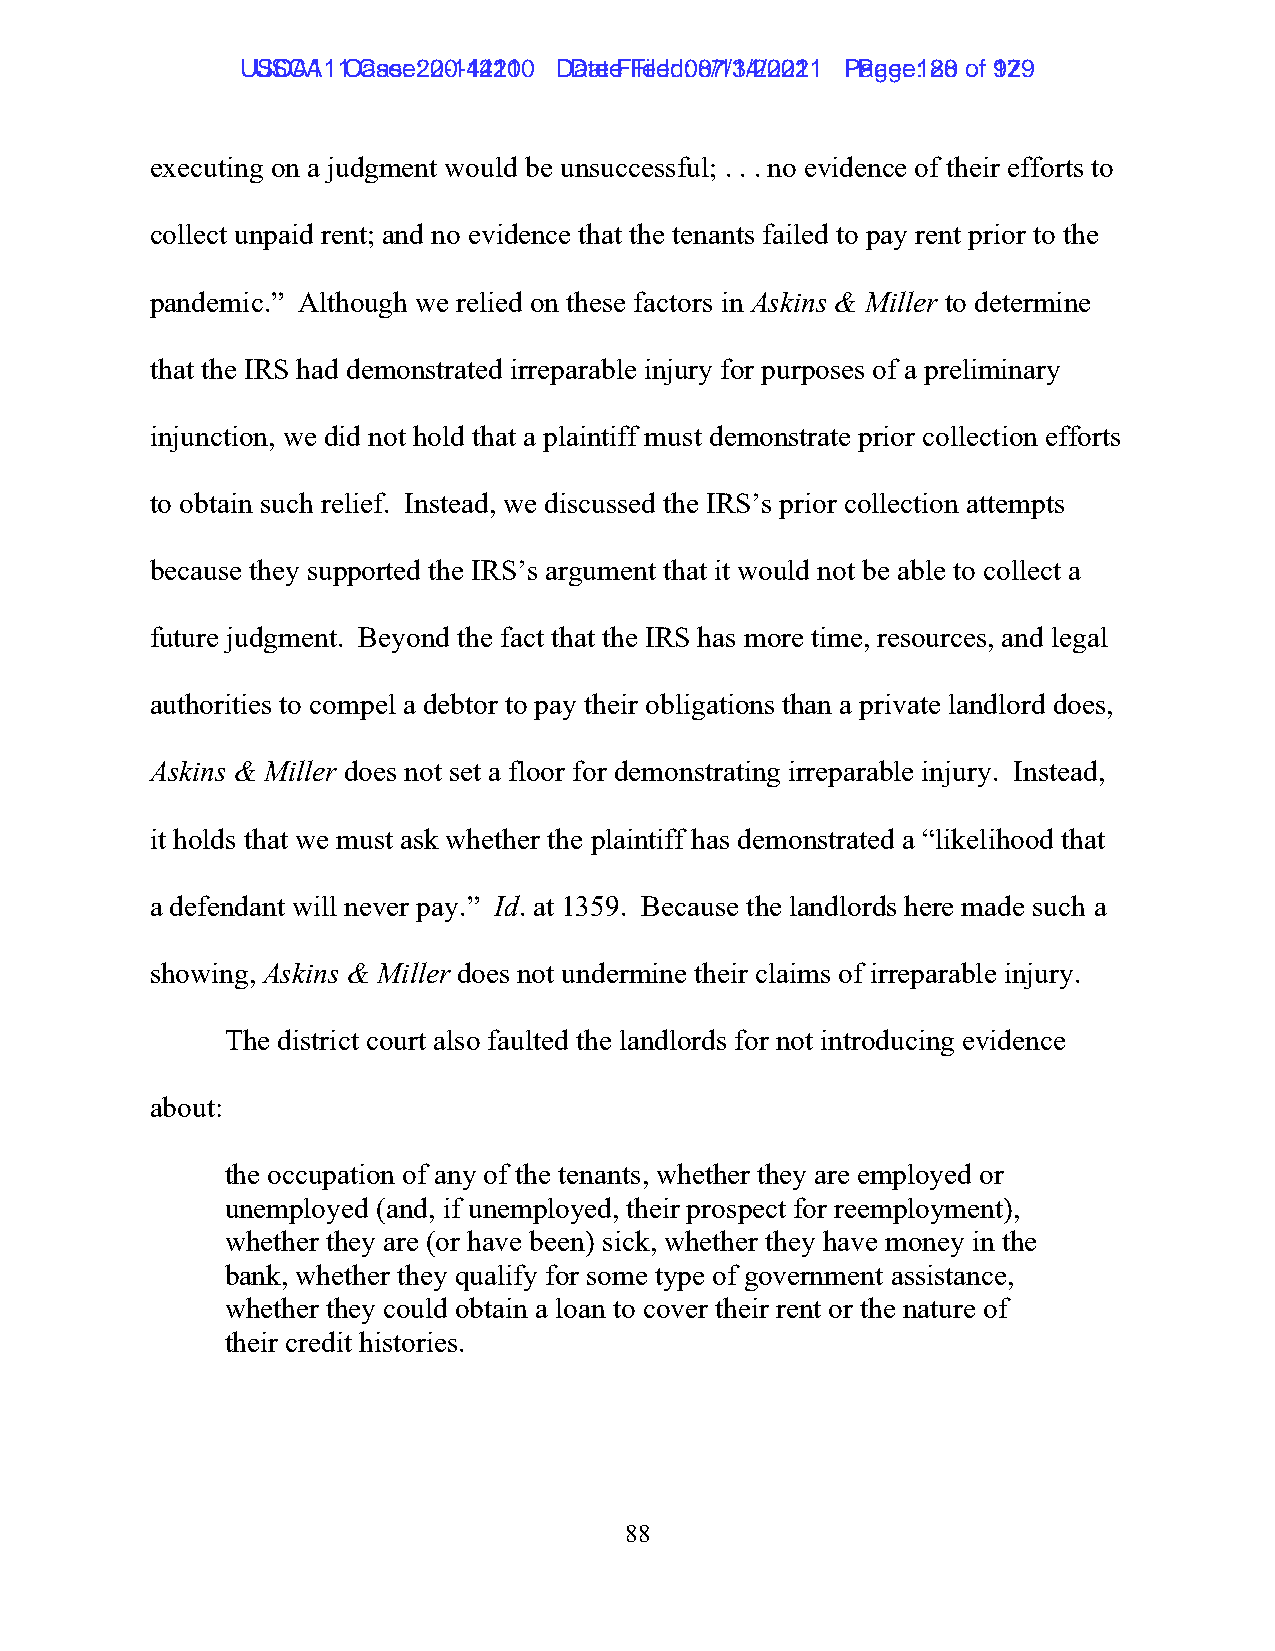
UUSSCCAA1111 C Caasese: :2 200-1-144221100 D Daatete F Fileiledd: :0 087/1/134/2/2002211 P Paaggee: :1 8280 ooff 9172 9
 executing on a judgment would be unsuccessful; . . . no evidence of their efforts to
 collect unpaid rent; and no evidence that the tenants failed to pay rent prior to the
 pandemic.” Although we relied on these factors in Askins & Miller to determine
 that the IRS had demonstrated irreparable injury for purposes of a preliminary
 injunction, we did not hold that a plaintiff must demonstrate prior collection efforts
 to obtain such relief. Instead, we discussed the IRS’s prior collection attempts
 because they supported the IRS’s argument that it would not be able to collect a
 future judgment. Beyond the fact that the IRS has more time, resources, and legal
 authorities to compel a debtor to pay their obligations than a private landlord does,
 Askins & Miller does not set a floor for demonstrating irreparable injury. Instead,
 it holds that we must ask whether the plaintiff has demonstrated a “likelihood that
 a defendant will never pay.” Id. at 1359. Because the landlords here made such a
 showing, Askins & Miller does not undermine their claims of irreparable injury.
 The district court also faulted the landlords for not introducing evidence
 about:
 the occupation of any of the tenants, whether they are employed or
 unemployed (and, if unemployed, their prospect for reemployment),
 whether they are (or have been) sick, whether they have money in the
 bank, whether they qualify for some type of government assistance,
 whether they could obtain a loan to cover their rent or the nature of
 their credit histories.
 88